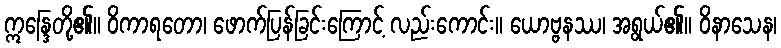
ဣန္ဒြေတို့၏။ ဝိကာရတော၊ ဖောက်ပြန်ခြင်းကြောင့် လည်းကောင်း။ ယောဗ္ဗနဿ၊ အရွယ်၏။ ဝိနာသေန၊